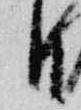
日